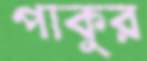
পাকুর